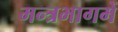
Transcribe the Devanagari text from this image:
मन्त्रभागमें